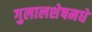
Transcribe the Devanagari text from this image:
गुलालशेषमधे